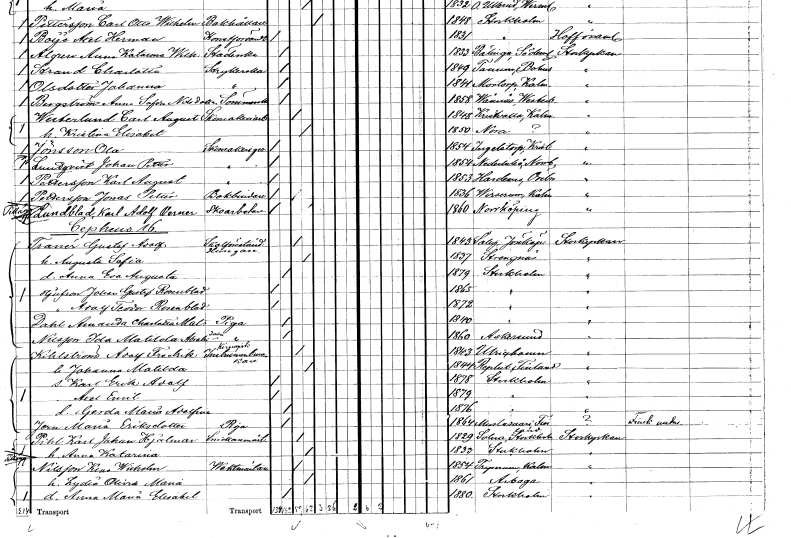
gt_parse: households: individuals: FN: Ola
EN: Jönsson
YRKE: Skomakaregesäll
KON: M
CIV: O
FODAR: 1854
FODFORS: Ingelstorp Malmöhus län
FN: Johan Petter
EN: Lundqvist
YRKE: Skomakaregesäll
KON: M
CIV: O
FODAR: 1854
FODFORS: Nederluleå Norrbottens län
FN: Karl August
EN: Pettersson
YRKE: Skomakaregesäll
KON: M
CIV: O
FODAR: 1853
FODFORS: Hardemo Örebro län
FN: Jonas Petter
EN: Pettersson
YRKE: Bokbindare
KON: M
CIV: O
FODAR: 1836
FODFORS: Virserum Kalmar län
FN: Karl Adolf Verner
EN: Lundblad
YRKE: Skoarbetare
KON: M
CIV: O
FODAR: 1860
FODFORS: Norrköping Östergötlands län
FN: Gustaf Adolf
EN: Tranér
YRKE: Skolföreståndare Husägare
KON: M
CIV: G
FODAR: 1843
FODFORS: Säby Jönköpings län
FN: Augusta Sofia
KON: K
CIV: G
FODAR: 1837
FODFORS: Strängnäs Södermanlands län
FN: Anna Eva Augusta
KON: K
CIV: O
FODAR: 1879
FODFORS: Stockholm
FN: Johan Gustaf
EN: Rosenblad
KON: M
CIV: O
FODAR: 1865
FODFORS: Stockholm
FN: Adolf Teodor
EN: Rosenblad
KON: M
CIV: O
FODAR: 1872
FODFORS: Stockholm
FN: Amanda Charlotta Matilda
EN: Dahl
YRKE: Piga
KON: K
CIV: O
FODAR: 1840
FODFORS: Stockholm
FN: Ida Matilda Abrahamina Lotta
EN: Nilsson
YRKE: Piga
KON: K
CIV: O
FODAR: 1860
FODFORS: Askersund Örebro län
FN: Adolf Fredrik
EN: Kihlström
YRKE: Kirurgisk instrumentmakare
KON: M
CIV: G
FODAR: 1843
FODFORS: Ulricehamn Älvsborgs län
FN: Johanna Matilda
KON: K
CIV: G
FODAR: 1844
FN: Karl Erik Adolf
KON: M
CIV: O
FODAR: 1878
FODFORS: Stockholm
FN: Axel Emil
KON: M
CIV: O
FODAR: 1879
FODFORS: Stockholm
FN: Gerda Maria Adolfina
KON: K
CIV: O
FODAR: 1876
FODFORS: Stockholm
FN: Maria
EN: Jern Eriksdotter
YRKE: Piga
KON: K
CIV: O
FODAR: 1864
FN: Karl Johan Hjalmar
EN: Pihl
YRKE: Snickaremästare
KON: M
CIV: G
FODAR: 1829
FODFORS: Solna Stockholms län
FN: Anna Katarina
KON: K
CIV: G
FODAR: 1833
FODFORS: Stockholm
FN: Klas Wilhelm
EN: Nilsson
YRKE: Vaktmästare
KON: M
CIV: G
FODAR: 1854
FODFORS: Tryserum Östergötlands län
FN: Lydia Olivia Maria
KON: K
CIV: G
FODAR: 1861
FODFORS: Arboga Västmanlands län
FN: Anna Maria Elisabet
KON: K
CIV: O
FODAR: 1880
FODFORS: Stockholm